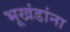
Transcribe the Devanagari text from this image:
भूखंडांना